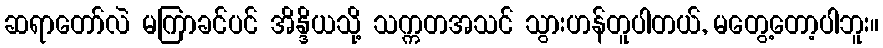
ဆရာတော်လဲ မကြာခင်ပင် အိန္ဒိယသို့ သက္ကတအသင် သွားဟန်တူပါတယ်, မတွေ့တော့ပါဘူး။